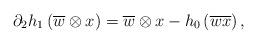
LaTeX: \begin{align*} \partial_2h_1\left(\overline{w}\otimes x\right)=\overline{w}\otimes x-h_0\left(\overline{wx}\right),\end{align*}